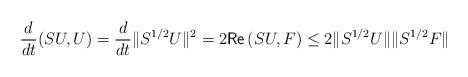
LaTeX: \begin{align*}\frac{d}{dt}(SU,U)=\frac{d}{dt}\|S^{1/2}U\|^2=2{\mathsf{Re}}\,(SU, F)\leq 2\|S^{1/2}U\|\|S^{1/2}F\|\end{align*}